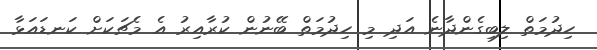
ހިދުމަތް ލިބިގެންދާނެ އަދި މި ހިދުމަތް ބޭނުން ކުރާއިރު އެ މެޗަކަށް ކަނޑައަޅާ